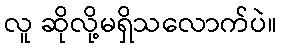
လူ ဆိုလို့မရှိသလောက်ပဲ။